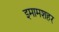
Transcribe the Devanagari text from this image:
इमामशहर